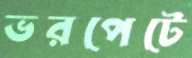
ভরপেটে